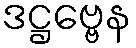
ဒဋ္ဌဗ္ဗေန